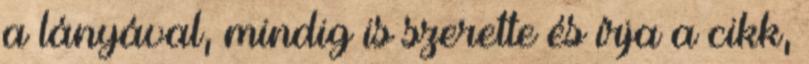
a lányával, mindig is szerette és írja a cikk,